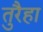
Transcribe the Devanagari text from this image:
तुरैहा